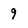
Character: 9